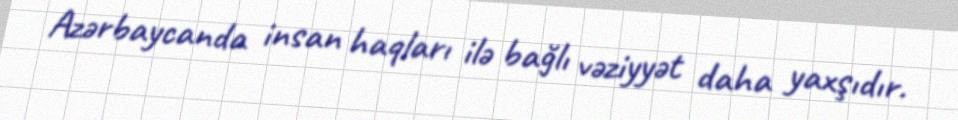
Azərbaycanda insan haqları ilə bağlı vəziyyət daha yaxşıdır.